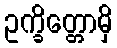
ဥက္ခိတ္တောမှိ